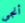
أنجي